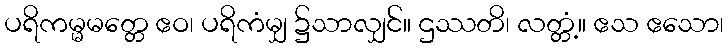
ပရိကမ္မမတ္တေ ဧဝ၊ ပရိကံမျှ ၌သာလျှင်။ ဌဿတိ၊ လတ္တံ့။ ဧသ ဧသော၊